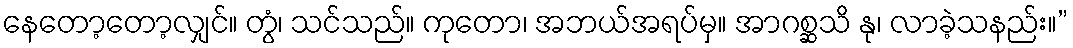
နေတော့တော့လျှင်။ တွံ၊ သင်သည်။ ကုတော၊ အဘယ်အရပ်မှ။ အာဂစ္ဆသိ နု၊ လာခဲ့သနည်း။”